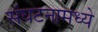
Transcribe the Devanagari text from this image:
संघटनामध्ये